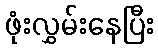
ဖုံးလွှမ်းနေပြီး